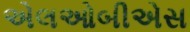
એલઓબીએસ